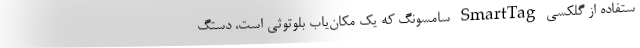
ستفاده از گلکسی SmartTag سامسونگ که یک مکان‌یاب بلوتوثی است، دستگ